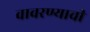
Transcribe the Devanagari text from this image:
वावरण्याची